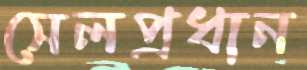
সেলপ্রধান